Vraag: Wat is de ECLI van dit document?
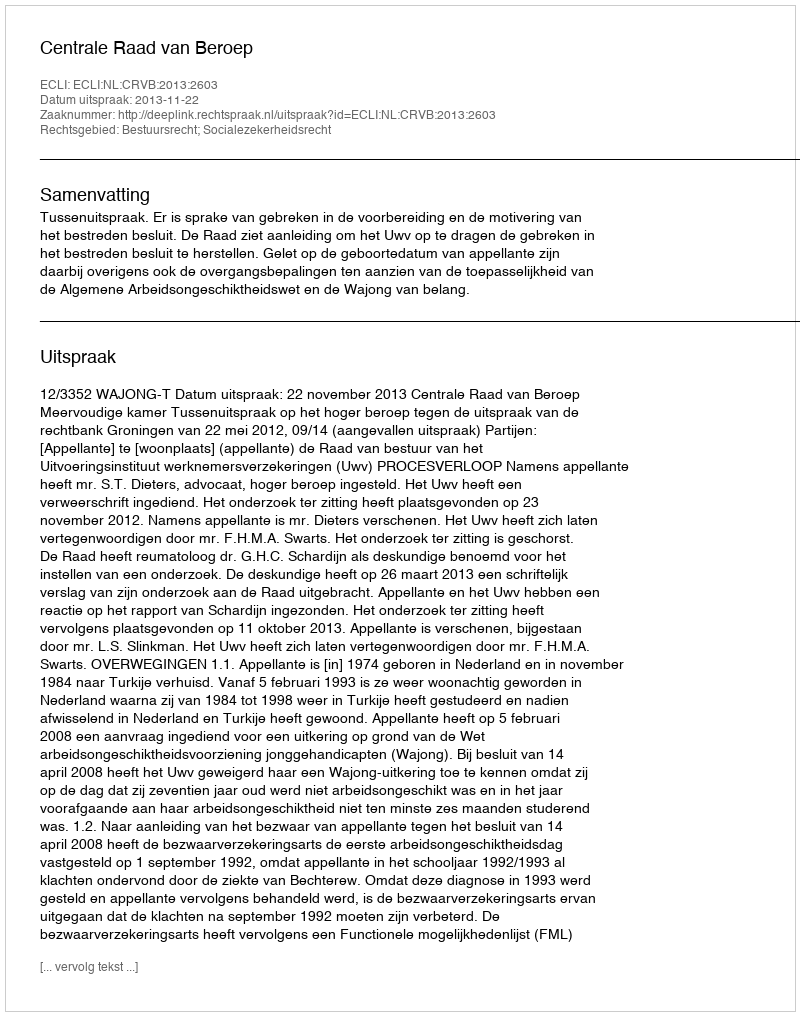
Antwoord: ECLI:NL:CRVB:2013:2603